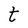
Character: t